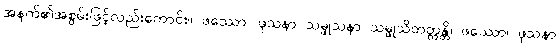
အနက်၏အစွမ်းဖြင့်လည်းကောင်း။ ဖဿော၊ ဖုသနာ သမ္ဖုသနာ သမ္ဖုသိတတ္တန္တိ၊ ဖဿော၊ ဖုသနာ